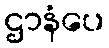
ဌာနံပေ